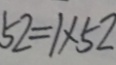
5 2 = 1 \times 5 2